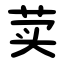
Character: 荬